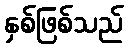
နှစ်ဖြစ်သည်